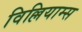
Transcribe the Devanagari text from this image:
विल्लियाम्स